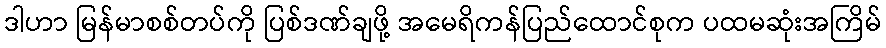
ဒါဟာ မြန်မာစစ်တပ်ကို ပြစ်ဒဏ်ချဖို့ အမေရိကန်ပြည်ထောင်စုက ပထမဆုံးအကြိမ်